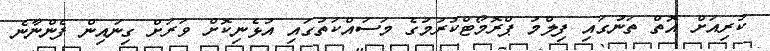
ކުރިއަށް އޮތް ތަނުގައި ފިލްމު ޕްރޮމޯޓްކުރުމުގެ މަސައްކަތުގައި އުޅެނިކޮށް ވަރަށް ގިނައިން ފެންނާނެ